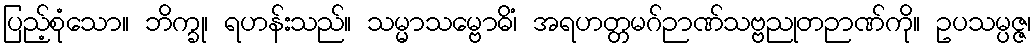
ပြည့်စုံသော။ ဘိက္ခု၊ ရဟန်းသည်။ သမ္မာသမ္ဗောဓိံ၊ အရဟတ္တမဂ်ဉာဏ်သဗ္ဗညုတဉာဏ်ကို။ ဥပသမ္ပဇ္ဇ၊